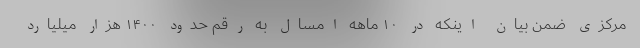
مرکزی ضمن بیان اینکه در ۱۰ ماهه امسال به رقم حدود ۱۴۰۰ هزار میلیارد